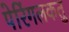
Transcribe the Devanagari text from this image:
पेरिंगलकतु